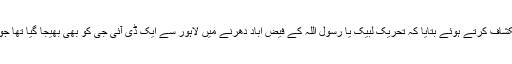
چوہدری غلام حسین نے انکشاف کرتے ہوئے بتایا کہ تحریک لبیک یا رسول اللہ کے فیض اباد دھرنے میں لاہور سے ایک ڈی آئی جی کو بھی بھیجا گیا تھا جو اس دھرنے میں شامل تھا۔